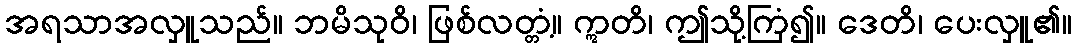
အရသာအလှူသည်။ ဘမိသုဝိ၊ ဖြစ်လတ္တံ့။ ဣတိ၊ ဤသို့ကြံ၍။ ဒေတိ၊ ပေးလှူ၏။